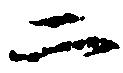
二